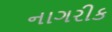
નાગરીક